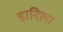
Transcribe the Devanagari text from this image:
डानिला